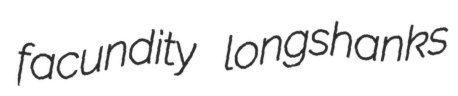
facundity longshanks